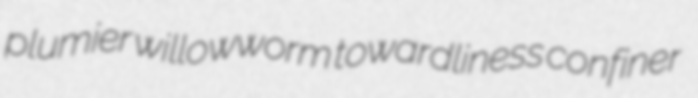
plumier willowworm towardliness confiner